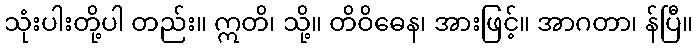
သုံးပါးတို့ပါ တည်း။ ဣတိ၊ သို့။ တိဝိဓေန၊ အားဖြင့်။ အာဂတာ၊ န်ပြီ။